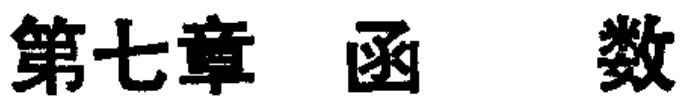
第七章 函 数